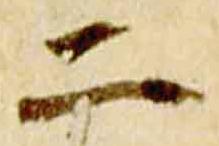
二